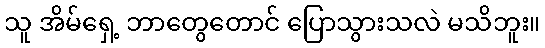
သူ အိမ်ရှေ့ ဘာတွေတောင် ပြောသွားသလဲ မသိဘူး။